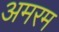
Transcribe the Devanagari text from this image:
अमरम